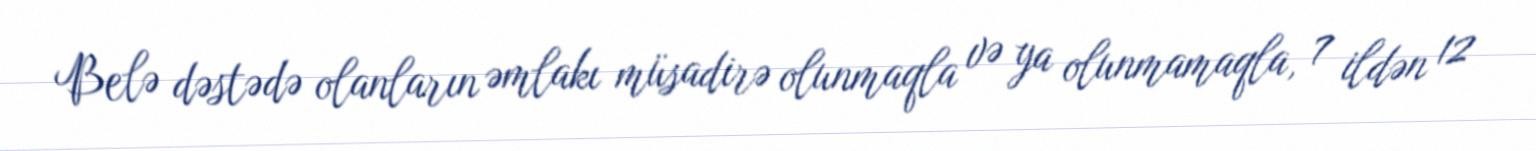
Belə dəstədə olanların əmlakı müsadirə olunmaqla və ya olunmamaqla, 7 ildən 12